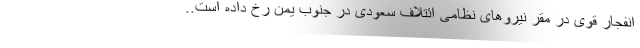
انفجار قوی در مقر نیروهای نظامی ائتلاف سعودی در جنوب یمن رخ داده است..